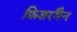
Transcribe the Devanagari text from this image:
फ़िशरमैन